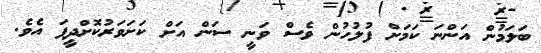
ބަލަމުން އަންނަ ކަމަށް ފުލުހުން ވެސް ވަނީ ސަން އަށް ކަށަވަރުކޮށްދީފަ އެވެ.